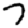
Digit: 7